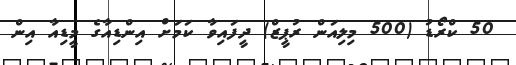
50 ކްރޯޑު (500 މިލިއަން ރުޕީޒް) ދީފައިވާ ކަމަށް އިންޑިއާގެ މީޑިއާ އިން